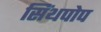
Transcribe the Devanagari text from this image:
सिंथपोप